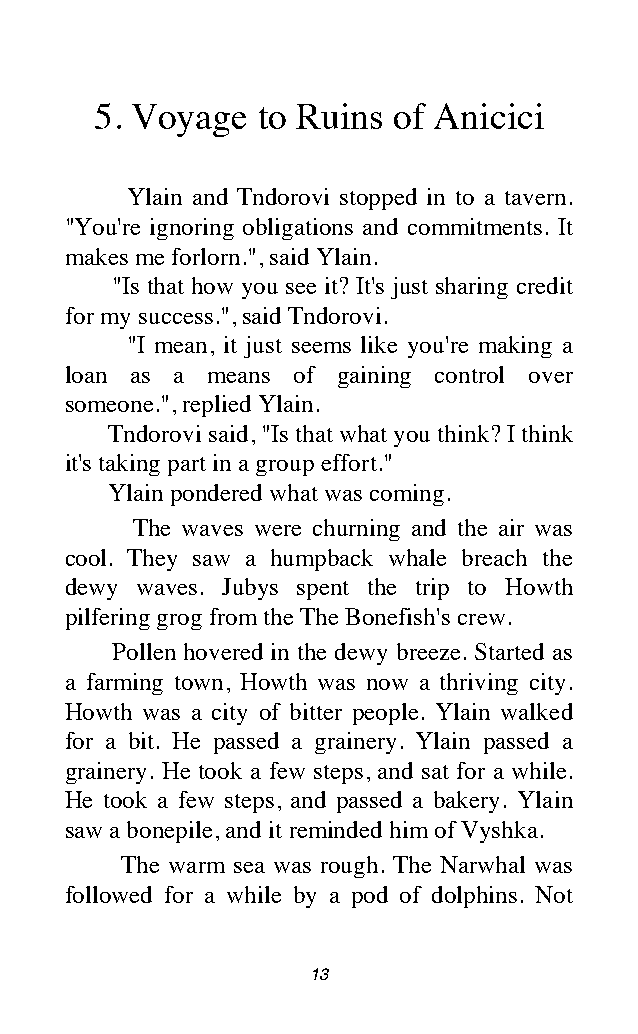
5. Voyage  to Ruins of Anicici
 Ylain and Tndorovi stopped in to a tavern.
 "You're ignoring obligations and commitments. It
 makes me forlorn.", said Ylain.
 "Is that how you see it? It's just sharing credit
 for my success.", said Tndorovi.
 "I mean, it just seems like you're making a
 loan as a means of gaining control over
 someone.", replied Ylain.
 Tndorovi said, "Is that what you think? I think
 it's taking part in a group effort."
 Ylain pondered what was coming.
 The waves were churning and the air was
 cool. They saw a humpback whale breach the
 dewy waves. Jubys spent the trip to Howth
 pilfering grog from the The Bonefish's crew.
 Pollen hovered in the dewy breeze. Started as
 a farming town, Howth was now a thriving city.
 Howth was a city of bitter people. Ylain walked
 for a bit. He passed a grainery. Ylain passed a
 grainery. He took a few steps, and sat for a while.
 He took a few steps, and passed a bakery. Ylain
 saw a bonepile, and it reminded him of Vyshka.
 The warm sea was rough. The Narwhal was
 followed for a while by a pod of dolphins. Not
 13